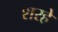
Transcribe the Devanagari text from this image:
शरहे